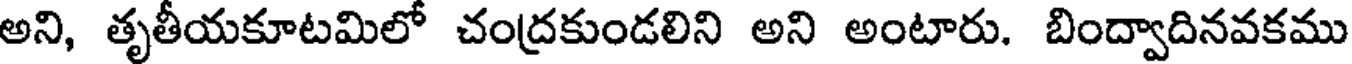
అని, తృతీయకూటమిలో చంద్రకుండలిని అని అంటారు. బింద్వాదినవకము